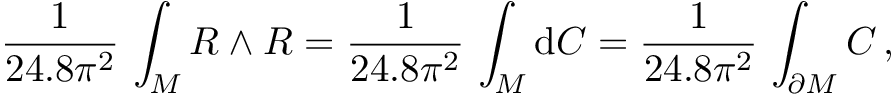
\frac { 1 } { 2 4 . 8 \pi ^ { 2 } } \, \int _ { \cal M } R \wedge R = \frac { 1 } { 2 4 . 8 \pi ^ { 2 } } \, \int _ { { \cal M } } \mathrm { d } C = \frac { 1 } { 2 4 . 8 \pi ^ { 2 } } \, \int _ { \partial { \cal M } } C \, ,